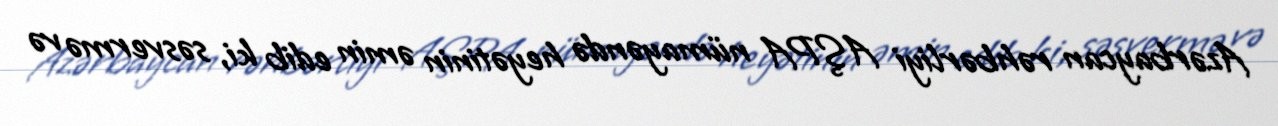
Azərbaycan rəhbərliyi AŞPA nümayəndə heyətinin əmin edib ki, səsvermə və